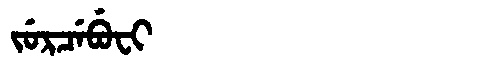
Manchu: ᠵᡠᡵᠴᡝᠪᡠᠸᡳ
Romanization: JURCEBUFI